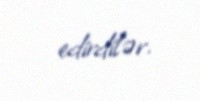
edirdilər.